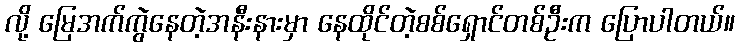
လို့ မြေအက်ကွဲနေတဲ့အနီးနားမှာ နေထိုင်တဲ့စစ်ရှောင်တစ်ဦးက ပြောပါတယ်။